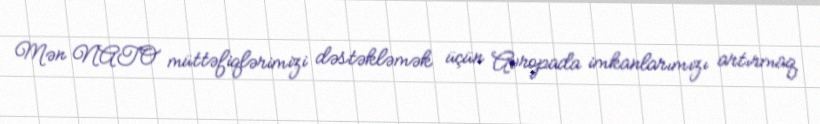
Mən NATO müttəfiqlərimizi dəstəkləmək üçün Avropada imkanlarımızı artırmaq